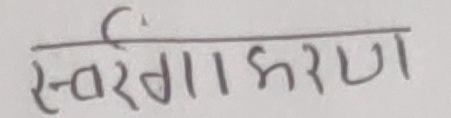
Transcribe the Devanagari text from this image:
स्वर्गीकरण